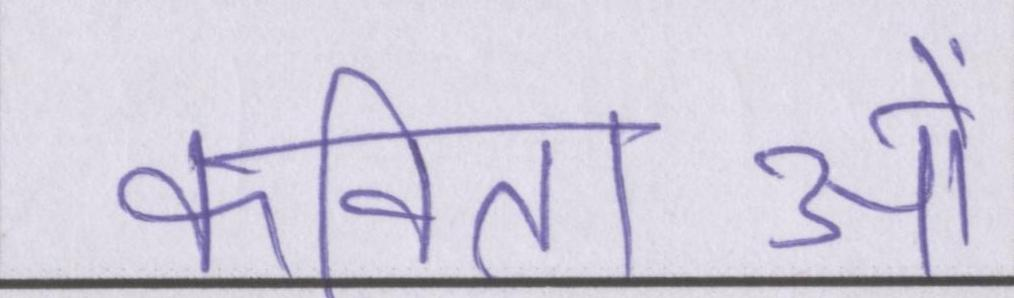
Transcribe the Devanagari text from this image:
कविताओं